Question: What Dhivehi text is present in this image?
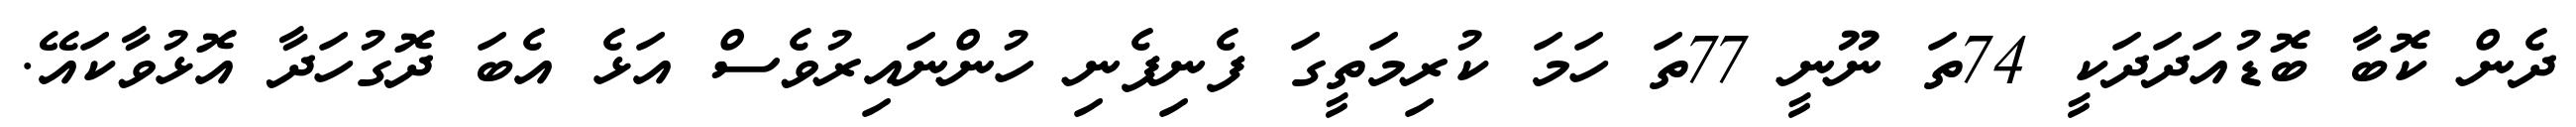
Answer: ދެން ކޮބާ ބޮޑުއަދަދަކީ 74ތަ ނޫނީ 77ތަ ހަމަ ކުރިމަތީގަ ފެނިފެނި ހުންނައިރުވެސް އަޅެ އެބަ ދޮގުހަދާ އޮޅުވާކައޭ.